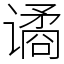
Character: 谲